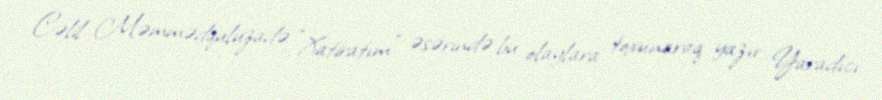
Cəlil Məmmədquluzadə "Xatiratım" əsərində bu olaylara toxunaraq yazır: Yaradıcı